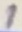
Text: 1